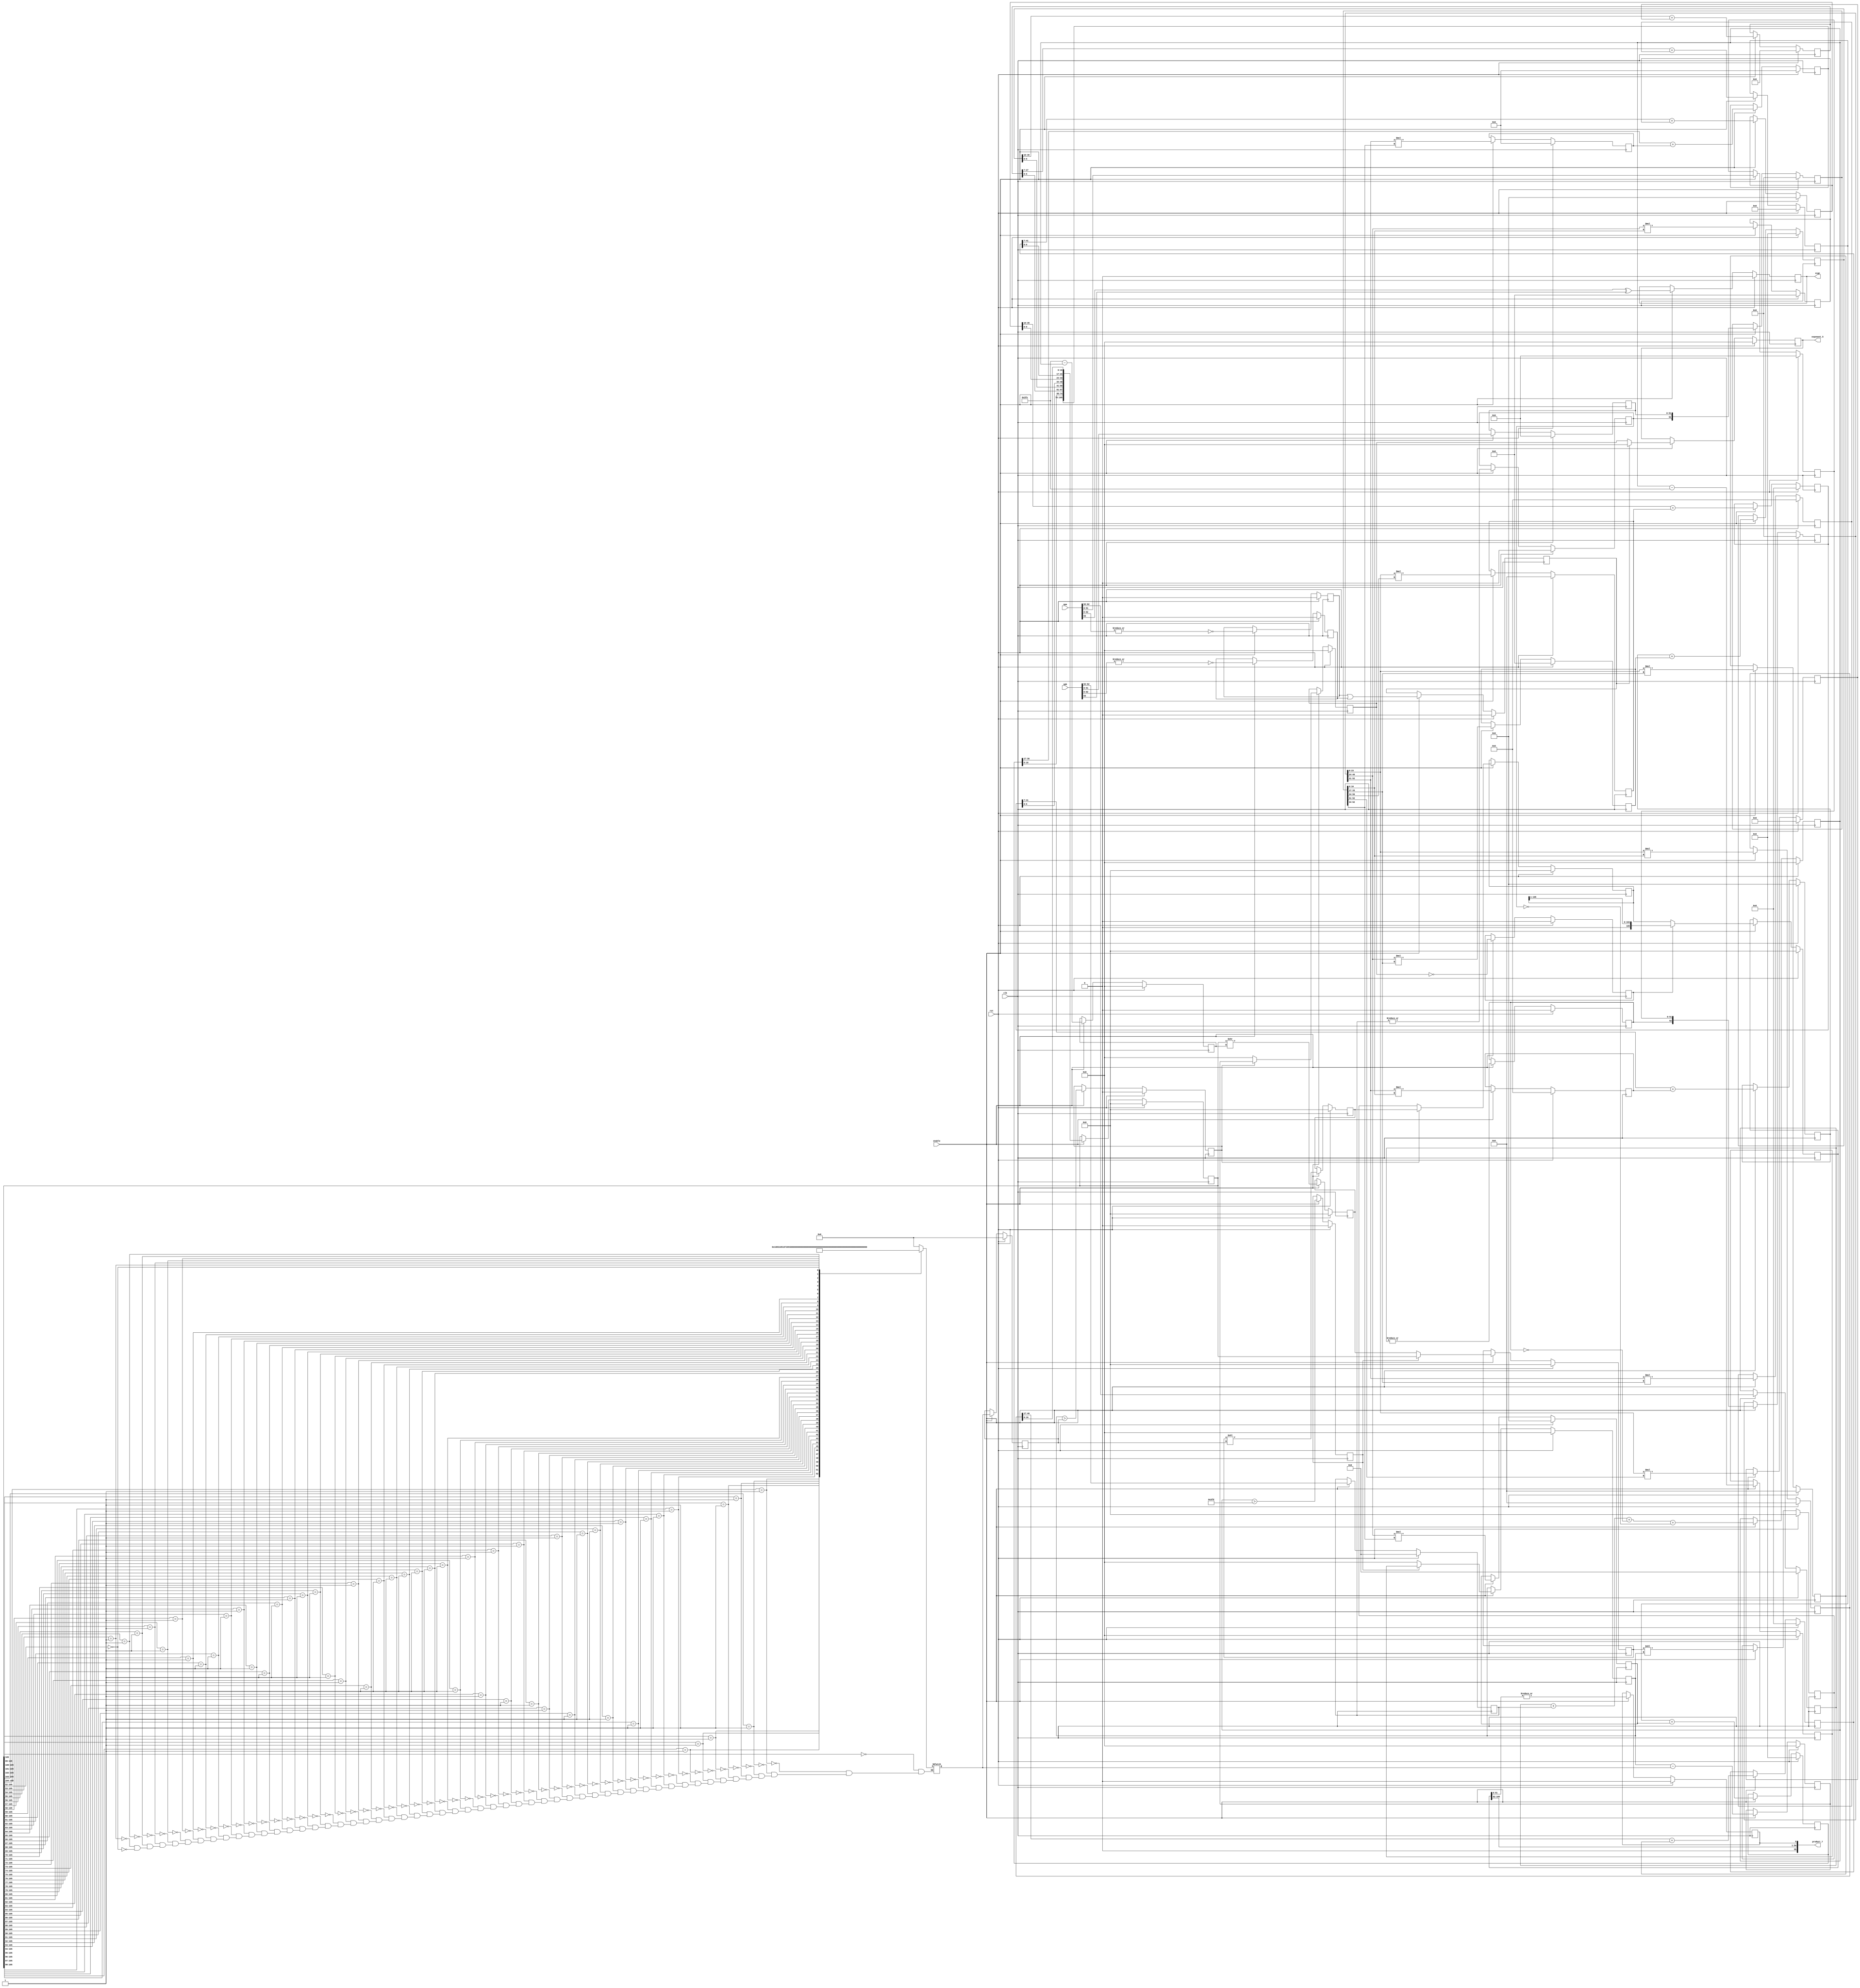

module fpu_mul( clk, rst, enable, opa, opb, sign, product_7, exponent_5);
input		clk;
input		rst;
input		enable;
input	[63:0]	opa, opb;
output		sign;
output  [55:0] product_7;
output  [11:0] exponent_5;

reg [5:0] 	product_shift;
reg [5:0] 	product_shift_2;


reg   sign;
reg   [51:0] mantissa_a;
reg   [51:0] mantissa_b;
reg   [10:0] exponent_a;
reg   [10:0] exponent_b;
reg		a_is_norm;
reg		b_is_norm;
reg		a_is_zero; 
reg		b_is_zero; 
reg		in_zero;
reg   [11:0] exponent_terms;
reg    exponent_gt_expoffset;
reg   [11:0] exponent_under;
reg   [11:0] exponent_1;
wire   [11:0] exponent = 0;
reg   [11:0] exponent_2;
reg   exponent_gt_prodshift;
reg   [11:0] exponent_3;
reg   [11:0] exponent_4;
reg  exponent_et_zero;
reg   [52:0] mul_a;
reg   [52:0] mul_b;
reg		[40:0] product_a;
reg		[40:0] product_b;
reg		[40:0] product_c;
reg		[25:0] product_d;
reg		[33:0] product_e;
reg		[33:0] product_f;
reg		[35:0] product_g;
reg		[28:0] product_h;
reg		[28:0] product_i;
reg		[30:0] product_j;
reg		[41:0] sum_0;
reg		[35:0] sum_1;
reg		[41:0] sum_2;
reg		[35:0] sum_3;
reg		[36:0] sum_4;
reg		[27:0] sum_5;
reg		[29:0] sum_6;
reg		[36:0] sum_7;
reg		[30:0] sum_8;
reg   [105:0] product;
reg   [105:0] product_1;
reg   [105:0] product_2;
reg   [105:0] product_3;
reg   [105:0] product_4; 
reg   [105:0] product_5;
reg   [105:0] product_6;
reg		product_lsb; // if there are any 1's in the remainder
wire  [55:0] product_7 =  { 1'b0, product_6[105:52], product_lsb }; 
reg  [11:0] exponent_5;		

always @(posedge clk) 
begin
	if (rst) begin
		sign <= 0;
		mantissa_a <= 0;
		mantissa_b <= 0;
		exponent_a <= 0;
		exponent_b <= 0;
		a_is_norm <= 0;
		b_is_norm <= 0;
		a_is_zero <= 0; 
		b_is_zero <= 0; 
		in_zero <= 0;
		exponent_terms <= 0;
		exponent_gt_expoffset <= 0;
		exponent_under <= 0;
		exponent_1 <= 0; 
		exponent_2 <= 0;
		exponent_gt_prodshift <= 0;
		exponent_3 <= 0;
		exponent_4 <= 0;
		exponent_et_zero <= 0;
		mul_a <= 0; 
		mul_b <= 0;
		product_a <= 0;
		product_b <= 0;
		product_c <= 0;
		product_d <= 0;
		product_e <= 0;
		product_f <= 0;
		product_g <= 0;
		product_h <= 0;
		product_i <= 0;
		product_j <= 0;
		sum_0 <= 0;
		sum_1 <= 0;
		sum_2 <= 0;
		sum_3 <= 0;
		sum_4 <= 0;
		sum_5 <= 0;
		sum_6 <= 0;
		sum_7 <= 0;
		sum_8 <= 0;
		product <= 0;
		product_1 <= 0;
		product_2 <= 0; 
		product_3 <= 0;
		product_4 <= 0;
		product_5 <= 0; 
		product_6 <= 0;
		product_lsb <= 0;
		exponent_5 <= 0;
		product_shift_2 <= 0;
	end
	else if (enable) begin
		sign <= opa[63] ^ opb[63];
		mantissa_a <= opa[51:0];
		mantissa_b <= opb[51:0];
		exponent_a <= opa[62:52];
		exponent_b <= opb[62:52];
		a_is_norm <= |exponent_a;
		b_is_norm <= |exponent_b;
		a_is_zero <= !(|opa[62:0]); 
		b_is_zero <= !(|opb[62:0]); 
		in_zero <= a_is_zero | b_is_zero;
		exponent_terms <= exponent_a + exponent_b + !a_is_norm + !b_is_norm;
		exponent_gt_expoffset <= exponent_terms > 1021;
		exponent_under <= 1022 - exponent_terms;
		exponent_1 <= exponent_terms - 1022; 
		exponent_2 <= exponent_gt_expoffset ? exponent_1 : exponent;
		exponent_gt_prodshift <= exponent_2 > product_shift_2;
		exponent_3 <= exponent_2 - product_shift;
		exponent_4 <= exponent_gt_prodshift ? exponent_3 : exponent;
		exponent_et_zero <= exponent_4 == 0;
		mul_a <= { a_is_norm, mantissa_a };
		mul_b <= { b_is_norm, mantissa_b };
		product_a <= mul_a[23:0] * mul_b[16:0];
		product_b <= mul_a[23:0] * mul_b[33:17];
		product_c <= mul_a[23:0] * mul_b[50:34];
		product_d <= mul_a[23:0] * mul_b[52:51];
		product_e <= mul_a[40:24] * mul_b[16:0];
		product_f <= mul_a[40:24] * mul_b[33:17];
		product_g <= mul_a[40:24] * mul_b[52:34];
		product_h <= mul_a[52:41] * mul_b[16:0];
		product_i <= mul_a[52:41] * mul_b[33:17];
		product_j <= mul_a[52:41] * mul_b[52:34];
		sum_0 <= product_a[40:17] + product_b;
		sum_1 <= sum_0[41:7] + product_e;
		sum_2 <= sum_1[35:10] + product_c;
		sum_3 <= sum_2[41:7] + product_h;
		sum_4 <= sum_3 + product_f;
		sum_5 <= sum_4[36:10] + product_d;
		sum_6 <= sum_5[27:7] + product_i;
		sum_7 <= sum_6 + product_g;
		sum_8 <= sum_7[36:17] + product_j;
		product <= { sum_8, sum_7[16:0], sum_5[6:0], sum_4[9:0], sum_2[6:0],
					sum_1[9:0], sum_0[6:0], product_a[16:0] };
		product_1 <= product >> exponent_under;
		product_2 <= exponent_gt_expoffset ? product : product_1; 
		product_3 <= product_2 << product_shift_2;
		product_4 <= product_2 << exponent_2;
		product_5 <= exponent_gt_prodshift ? product_3  : product_4;
		product_6 <= exponent_et_zero ? product_5 >> 1 : product_5;
		product_lsb <= |product_6[51:0];
		exponent_5 <= in_zero ? 12'b0 : exponent_4;
		product_shift_2 <= product_shift; // redundant register
			// reduces fanout on product_shift
	end
end

always @(product)
   casex(product)	
    106'b1?????????????????????????????????????????????????????????????????????????????????????????????????????????: product_shift <=  0;
	106'b01????????????????????????????????????????????????????????????????????????????????????????????????????????: product_shift <=  1;
	106'b001???????????????????????????????????????????????????????????????????????????????????????????????????????: product_shift <=  2;
	106'b0001??????????????????????????????????????????????????????????????????????????????????????????????????????: product_shift <=  3;
	106'b00001?????????????????????????????????????????????????????????????????????????????????????????????????????: product_shift <=  4;
	106'b000001????????????????????????????????????????????????????????????????????????????????????????????????????: product_shift <=  5;
	106'b0000001???????????????????????????????????????????????????????????????????????????????????????????????????: product_shift <=  6;
	106'b00000001??????????????????????????????????????????????????????????????????????????????????????????????????: product_shift <=  7;
	106'b000000001?????????????????????????????????????????????????????????????????????????????????????????????????: product_shift <=  8;
	106'b0000000001????????????????????????????????????????????????????????????????????????????????????????????????: product_shift <=  9;
	106'b00000000001???????????????????????????????????????????????????????????????????????????????????????????????: product_shift <=  10;
	106'b000000000001??????????????????????????????????????????????????????????????????????????????????????????????: product_shift <=  11;
	106'b0000000000001?????????????????????????????????????????????????????????????????????????????????????????????: product_shift <=  12;
	106'b00000000000001????????????????????????????????????????????????????????????????????????????????????????????: product_shift <=  13;
	106'b000000000000001???????????????????????????????????????????????????????????????????????????????????????????: product_shift <=  14;
	106'b0000000000000001??????????????????????????????????????????????????????????????????????????????????????????: product_shift <=  15;
	106'b00000000000000001?????????????????????????????????????????????????????????????????????????????????????????: product_shift <=  16;
	106'b000000000000000001????????????????????????????????????????????????????????????????????????????????????????: product_shift <=  17;
	106'b0000000000000000001???????????????????????????????????????????????????????????????????????????????????????: product_shift <=  18;
	106'b00000000000000000001??????????????????????????????????????????????????????????????????????????????????????: product_shift <=  19;
	106'b000000000000000000001?????????????????????????????????????????????????????????????????????????????????????: product_shift <=  20;
	106'b0000000000000000000001????????????????????????????????????????????????????????????????????????????????????: product_shift <=  21;
	106'b00000000000000000000001???????????????????????????????????????????????????????????????????????????????????: product_shift <=  22;
	106'b000000000000000000000001??????????????????????????????????????????????????????????????????????????????????: product_shift <=  23;
	106'b0000000000000000000000001?????????????????????????????????????????????????????????????????????????????????: product_shift <=  24;
	106'b00000000000000000000000001????????????????????????????????????????????????????????????????????????????????: product_shift <=  25;
	106'b000000000000000000000000001???????????????????????????????????????????????????????????????????????????????: product_shift <=  26;
	106'b0000000000000000000000000001??????????????????????????????????????????????????????????????????????????????: product_shift <=  27;
	106'b00000000000000000000000000001?????????????????????????????????????????????????????????????????????????????: product_shift <=  28;
	106'b000000000000000000000000000001????????????????????????????????????????????????????????????????????????????: product_shift <=  29;
	106'b0000000000000000000000000000001???????????????????????????????????????????????????????????????????????????: product_shift <=  30;
	106'b00000000000000000000000000000001??????????????????????????????????????????????????????????????????????????: product_shift <=  31;
	106'b000000000000000000000000000000001?????????????????????????????????????????????????????????????????????????: product_shift <=  32;
	106'b0000000000000000000000000000000001????????????????????????????????????????????????????????????????????????: product_shift <=  33;
	106'b00000000000000000000000000000000001???????????????????????????????????????????????????????????????????????: product_shift <=  34;
	106'b000000000000000000000000000000000001??????????????????????????????????????????????????????????????????????: product_shift <=  35;
	106'b0000000000000000000000000000000000001?????????????????????????????????????????????????????????????????????: product_shift <=  36;
	106'b00000000000000000000000000000000000001????????????????????????????????????????????????????????????????????: product_shift <=  37;
	106'b000000000000000000000000000000000000001???????????????????????????????????????????????????????????????????: product_shift <=  38;
	106'b0000000000000000000000000000000000000001??????????????????????????????????????????????????????????????????: product_shift <=  39;
	106'b00000000000000000000000000000000000000001?????????????????????????????????????????????????????????????????: product_shift <=  40;
	106'b000000000000000000000000000000000000000001????????????????????????????????????????????????????????????????: product_shift <=  41;
	106'b0000000000000000000000000000000000000000001???????????????????????????????????????????????????????????????: product_shift <=  42;
	106'b00000000000000000000000000000000000000000001??????????????????????????????????????????????????????????????: product_shift <=  43;
	106'b000000000000000000000000000000000000000000001?????????????????????????????????????????????????????????????: product_shift <=  44;
	106'b0000000000000000000000000000000000000000000001????????????????????????????????????????????????????????????: product_shift <=  45;
	106'b00000000000000000000000000000000000000000000001???????????????????????????????????????????????????????????: product_shift <=  46;
	106'b000000000000000000000000000000000000000000000001??????????????????????????????????????????????????????????: product_shift <=  47;
	106'b0000000000000000000000000000000000000000000000001?????????????????????????????????????????????????????????: product_shift <=  48;
    106'b00000000000000000000000000000000000000000000000001????????????????????????????????????????????????????????: product_shift <=  49;
	106'b000000000000000000000000000000000000000000000000001???????????????????????????????????????????????????????: product_shift <=  50;
	106'b0000000000000000000000000000000000000000000000000001??????????????????????????????????????????????????????: product_shift <=  51;
	106'b00000000000000000000000000000000000000000000000000001?????????????????????????????????????????????????????: product_shift <=  52;
	106'b000000000000000000000000000000000000000000000000000000????????????????????????????????????????????????????: product_shift <=  53;
	  // It's not necessary to go past 53, because you will only get more than 53 zeros
	  // when multiplying 2 denormalized numbers together, in which case you will underflow
	endcase	

endmodule